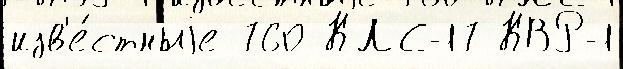
изв'е́стныjе 760 КЛС-17 КВР-1